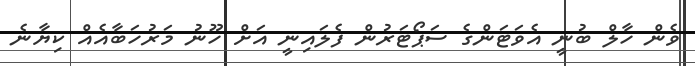
ވެން ހާލް ބުނީ އެވަޓަންގެ ސަޕޯޓަރުން ފެލައިނީ އަށް ހޫނު މަރުހަބާއެއް ކިޔާނެ